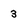
Character: 3